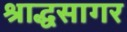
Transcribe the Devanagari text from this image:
श्राद्धसागर